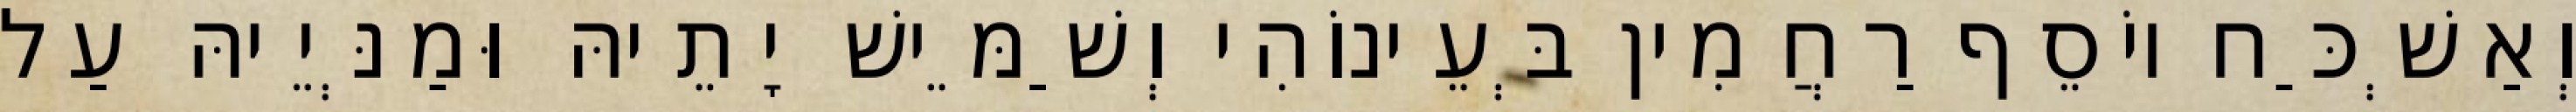
וְאַשְׁכַּח יוֹסֵף רַחֲמִין בְּעֵינוֹהִי וְשַׁמֵּישׁ יָתֵיהּ וּמַנְּיֵיהּ עַל